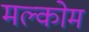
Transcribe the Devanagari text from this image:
मल्कोम